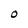
Character: O